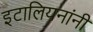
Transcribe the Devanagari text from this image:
इटालियनांनी